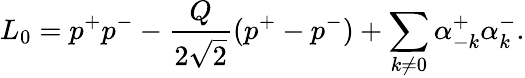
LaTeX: L_{0}=p^{+}p^{-}-\frac{Q}{2\sqrt{2}}(p^{+}-p^{-})+\sum_{k\ne 0}\alpha_{-k}^{+}\alpha_{k}^{-}.